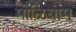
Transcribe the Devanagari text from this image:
मोऴियाम्